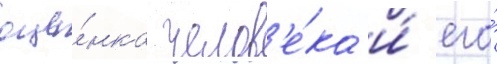
оце́нка челов'е́ка и́ его́